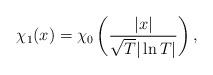
LaTeX: \begin{align*}\chi_1 (x) = \chi_0 \left( \frac{|x|}{ \sqrt{T} |\ln T|}\right),\end{align*}